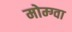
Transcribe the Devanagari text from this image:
मोम्ग्वा